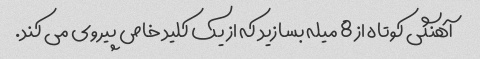
آهنگی کوتاه از 8 میله بسازید که از یک کلید خاص پیروی می کند.